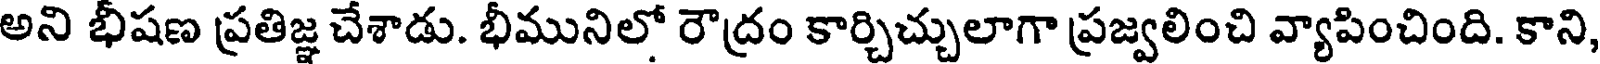
అని భీషణ ప్రతిజ్ఞ చేశాడు. భీమునిలో రౌద్రం కార్చిచ్చులాగా ప్రజ్వలించి వ్యాపించింది. కాని,